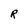
Character: R